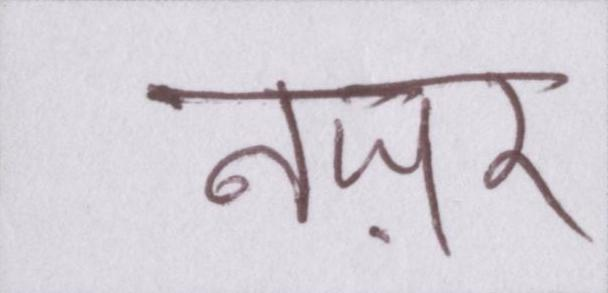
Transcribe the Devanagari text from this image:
नज़र